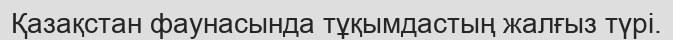
Қазақстан фаунасында тұқымдастың жалғыз түрі.